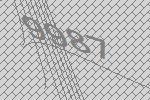
9987